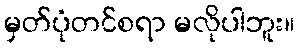
မှတ်ပုံတင်စရာ မလိုပါဘူး။